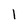
Character: I